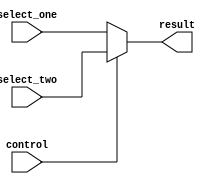
`timescale 1ns / 1ps
//////////////////////////////////////////////////////////////////////////////////
// Company: 
// Engineer: 
// 
// Design Name: 
// Module Name: sel_32
// Project Name: 
// Target Devices: 
// Tool Versions: 
// Description: 
// 
// Dependencies: 
// 
// Revision:
// Revision 0.01 - File Created
// Additional Comments:
// 
//////////////////////////////////////////////////////////////////////////////////


module select_32_bit(
    input control,
    input [31:0] select_one,
    input [31:0] select_two,
    output [31:0] result
    );

    assign result = (control == 1'b0 ? select_one : select_two);
endmodule